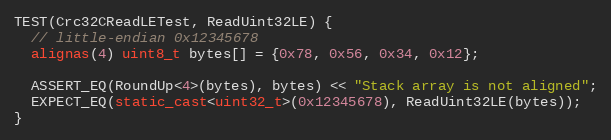
Language: C++
TEST(Crc32CReadLETest, ReadUint32LE) {
  // little-endian 0x12345678
  alignas(4) uint8_t bytes[] = {0x78, 0x56, 0x34, 0x12};

  ASSERT_EQ(RoundUp<4>(bytes), bytes) << "Stack array is not aligned";
  EXPECT_EQ(static_cast<uint32_t>(0x12345678), ReadUint32LE(bytes));
}